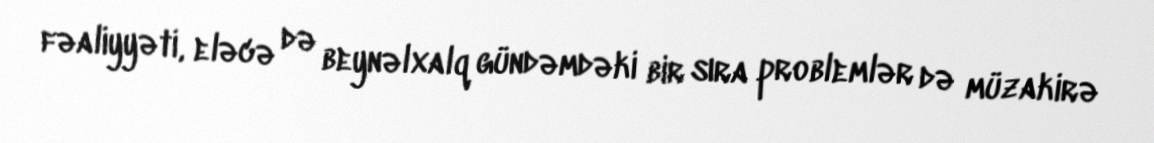
fəaliyyəti, eləcə də beynəlxalq gündəmdəki bir sıra problemlər də müzakirə